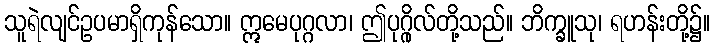
သူရဲလျင်ဥပမာရှိကုန်သော။ ဣမေပုဂ္ဂလာ၊ ဤပုဂ္ဂိုလ်တို့သည်။ ဘိက္ခူသု၊ ရဟန်းတို့၌။